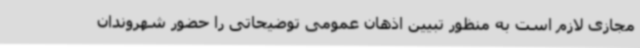
مجازی لازم است به منظور تبیین اذهان عمومی توضیحاتی را حضور شهروندان